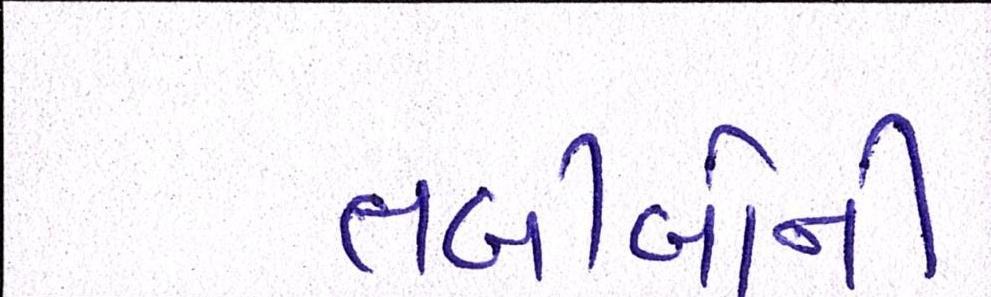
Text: તબીબોની